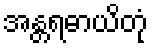
အန္တရဓာယိတုံ